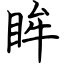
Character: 眸